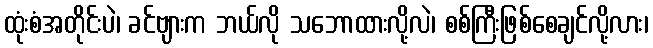
ထုံးစံအတိုင်းပဲ၊ ခင်ဗျားက ဘယ်လို သဘောထားလို့လဲ၊ စစ်ကြီးဖြစ်စေချင်လို့လား၊